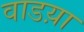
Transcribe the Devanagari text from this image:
वाडय़ा